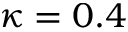
\kappa = 0 . 4